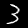
Label: 3